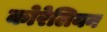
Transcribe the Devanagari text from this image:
कोरेलियन